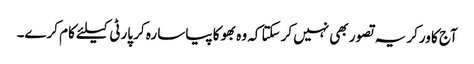
آج کا ورکر یہ تصور بھی نہیں کرسکتا کہ وہ بھوکا پیاسا رہ کر پارٹی کیلئے کام کرے۔